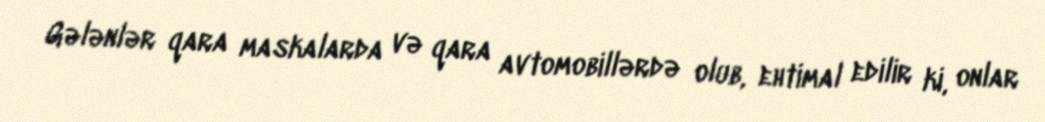
Gələnlər qara maskalarda və qara avtomobillərdə olub, ehtimal edilir ki, onlar